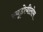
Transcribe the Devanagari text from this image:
स्यूडोयीलोम